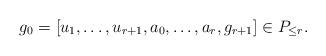
LaTeX: \begin{align*}g_0=[u_1,\ldots,u_{r+1}, a_0,\ldots,a_r,g_{r+1}]\in P_{\le r}.\end{align*}